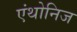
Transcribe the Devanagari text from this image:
एंथोनिज